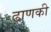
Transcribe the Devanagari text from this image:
ढाणकी